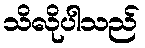
သိလိုပါသည်